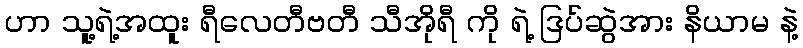
ဟာ သူ့ရဲ့အထူး ရီလေတီဗတီ သီအိုရီ ကို ရဲ့ ဒြပ်ဆွဲအား နိယာမ နဲ့